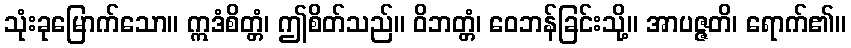
သုံးခုမြောက်သော။ ဣဒံစိတ္တံ၊ ဤစိတ်သည်။ ဝိဘတ္တံ၊ ဝေဘန်ခြင်းသို့။ အာပဇ္ဇတိ၊ ရောက်၏။